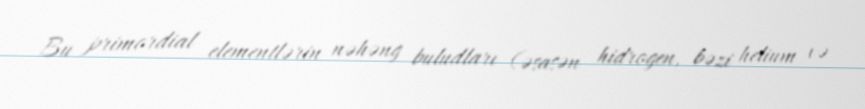
Bu primordial elementlərin nəhəng buludları (əsasən hidrogen, bəzi helium və